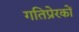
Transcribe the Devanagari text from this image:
गतिप्रेरकों